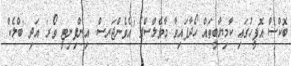
ބޮކްސް އޮފީހުގައި ކާމިޔާބީތައް ހޯދާފައިވާ މާވެލްސްގެ 'އެވެންޖަރސް: އިންފިނިޓީ ވޯރ' އަދި 'ބްލެކް